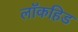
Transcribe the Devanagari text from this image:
लॉकहिड